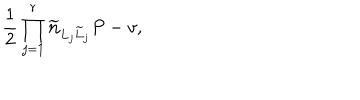
LaTeX: { \frac { 1 } { 2 } } \prod _ { j = 1 } ^ { r } { \bf \widetilde n } _ { L _ { j } \widetilde L _ { j } } P - v ,